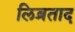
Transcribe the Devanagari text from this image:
लिब्रताद